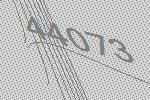
44073